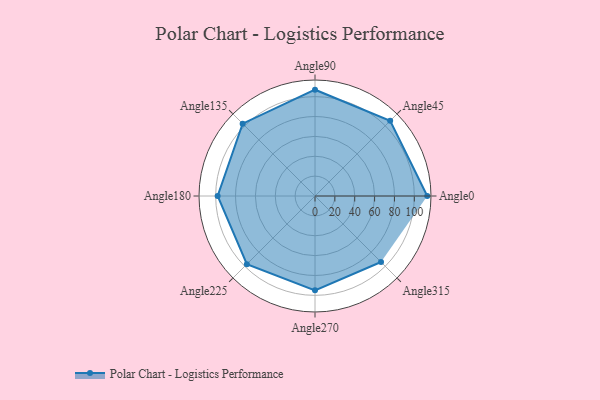
{"axis": {"x": "Angle", "y": "Radius"}, "legend": [""], "data": [{"x": "Angle0", "y": 113.0, "type": ""}, {"x": "Angle45", "y": 107.0, "type": ""}, {"x": "Angle90", "y": 107.0, "type": ""}, {"x": "Angle135", "y": 103.0, "type": ""}, {"x": "Angle180", "y": 98.0, "type": ""}, {"x": "Angle225", "y": 97.0, "type": ""}, {"x": "Angle270", "y": 95.0, "type": ""}, {"x": "Angle315", "y": 94.0, "type": ""}]}